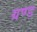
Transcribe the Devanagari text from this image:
ग्रण्ड